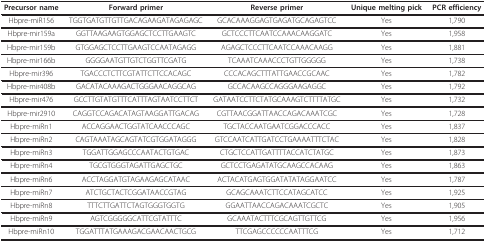
| Precursor name | Forward primer | Reverse primer | Unique melting pick | PCR efficiency |
 | --- | --- | --- | --- | --- |
 | Hbpre-miR156 | TGGTGATGTTGTTGACAGAAGATAGAGAGC | GCACAAAGGAGTGAGATGCAGAGTCC | Yes | 1,790 |
 | Hbpre-mir159a | GGTTAAGAAGTGGAGCTCCTTGAAGTC | GCTCCCTTCAATCCAAACAAGGATC | Yes | 1,958 |
 | Hbpre-mir159b | GTGGAGCTCCTTGAAGTCCAATAGAGG | AGAGCTCCCTTCAATCCAAACAAGG | Yes | 1,881 |
 | Hbpre-mir166b | GGGGAATGTTGTCTGGTTCGATG | TCAAATCAAACCCTGTTGGGGG | Yes | 1,738 |
 | Hbpre-mir396 | TGACCCTCTTCGTATTCTTCCACAGC | CCCACAGCTTTATTGAACCGCAAC | Yes | 1,782 |
 | Hbpre-mir408b | GACATACAAAGACTGGGAACAGGCAG | GCCACAAGCCAGGGAAGAGGC | Yes | 1,792 |
 | Hbpre-mir476 | GCCTTGTATGTTTCATTTAGTAATCCTTCT | GATAATCCTTCTATGCAAAGTCTTTTATGC | Yes | 1,732 |
 | Hbpre-mir2910 | CAGGTCCAGACATAGTAAGGATTGACAG | CGTTAACGGATTAACCAGACAAATCGC | Yes | 1,728 |
 | Hbpre-miRn1 | ACCAGGAACTGGTATCAACCCAGC | TGCTACCAATGAATCGGACCCACC | Yes | 1,837 |
 | Hbpre-miRn2 | CAGTAAATAGCAGTATCGTGGATAGGG | GTCCAATCATTGATCCTGAAAATTTCTAC | Yes | 1,828 |
 | Hbpre-miRn3 | TGGATTGGAGCCCAATACTGTGAC | CTGCTCCATTGATTTTACCATCTATGC | Yes | 1,873 |
 | Hbpre-miRn4 | TGCGTGGGTAGATTGAGCTGC | GCTCCTGAGATATGCAAGCCACAAG | Yes | 1,863 |
 | Hbpre-miRn6 | ACCTAGGATGTAGAAGAGCATAAC | ACTACATGAGTGGATATATAGGAATCC | Yes | 1,787 |
 | Hbpre-miRn7 | ATCTGCTACTCGGATAACCGTAG | GCAGCAAATCTTCCATAGCATCC | Yes | 1,925 |
 | Hbpre-miRn8 | TTTCTTGATTCTAGTGGGTGGTG | GGAATTAACCAGACAAATCGCTC | Yes | 1,905 |
 | Hbpre-miRn9 | AGTCGGGGGCATTCGTATTTC | GCAAATACTTTCGCAGTTGTTCG | Yes | 1,956 |
 | Hbpre-miRn10 | TGGATTTATGAAAGACGAACAACTGCG | TTCGAGCCCCCCAATTTCG | Yes | 1,712 |